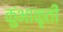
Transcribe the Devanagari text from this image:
कुंभाकृती